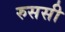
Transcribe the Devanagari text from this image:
रुससी